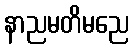
နာညမတိမညေ